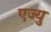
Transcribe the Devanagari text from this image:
एज्‍यु